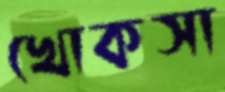
খোকসা